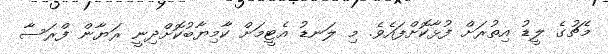
މެޗުގެ ލީޑު އިތުރަށް ފުޅާކޮށްފައެވެ. މި ލަނޑު އެޓީމަށް ކާމިޔާބުކޮށްދިނީ ރަޔާން ފްރަސާ